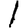
Digit: 1